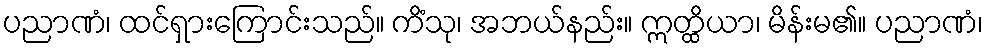
ပညာဏံ၊ ထင်ရှားကြောင်းသည်။ ကိံသု၊ အဘယ်နည်း။ ဣတ္ထိယာ၊ မိန်းမ၏။ ပညာဏံ၊